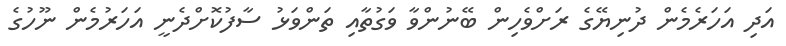
އަދި އަހަރެމެން ދުނިޔޭގެ ރަށްވެހިން ބޭނުންވާ ވަގުތާއި ތަންވަޅު ސާފުކޮށްދެނީ އަހަރުމެން ނޫހުގެ